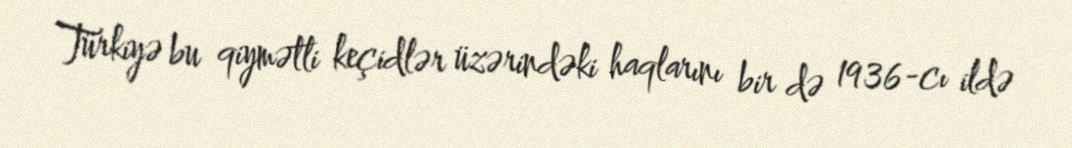
Türkiyə bu qiymətli keçidlər üzərindəki haqlarını bir də 1936-cı ildə